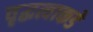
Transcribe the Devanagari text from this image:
वृद्धत्वाकडे